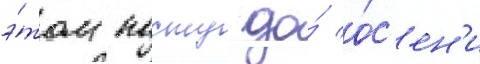
э́том посту до́ о́с'ен'и